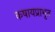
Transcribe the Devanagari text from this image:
कषायप्राभृत